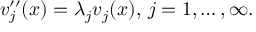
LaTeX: v _ { j } ^ { \prime \prime } ( x ) = \lambda _ { j } v _ { j } ( x ) , \, j = 1 , \ldots , \infty .